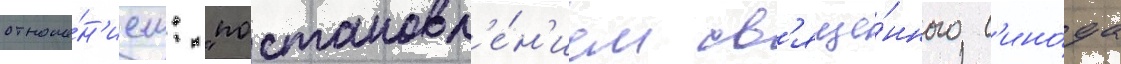
отноше́н'ием: "постановл'е́н'ием св'яще́нного с'ино́да